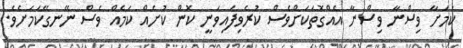
ކަމަށާ ވިސްނާ ވިސްނާ އެއްގޮތަކަށްވެސް ކުރެވިފައިވަނީ ކޮން ކުށެއް ކަމެއް ވެސް ނޭނގޭކަމަށެެވެ.